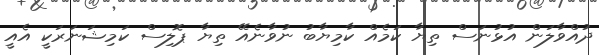
ދުއްވާލަން އުޅުނަސް ތިޔާ ކަމެއް ކާމިޔާބު ނުވާނެއޭ ތިޔާ ޕޮލިސް ކަމިޝަނަރަކީ އެއީ